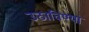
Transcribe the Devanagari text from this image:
उठाविण्या